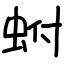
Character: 蚹